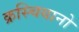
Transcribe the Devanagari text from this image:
क्रस्चियानो